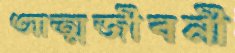
আত্মজীবনী